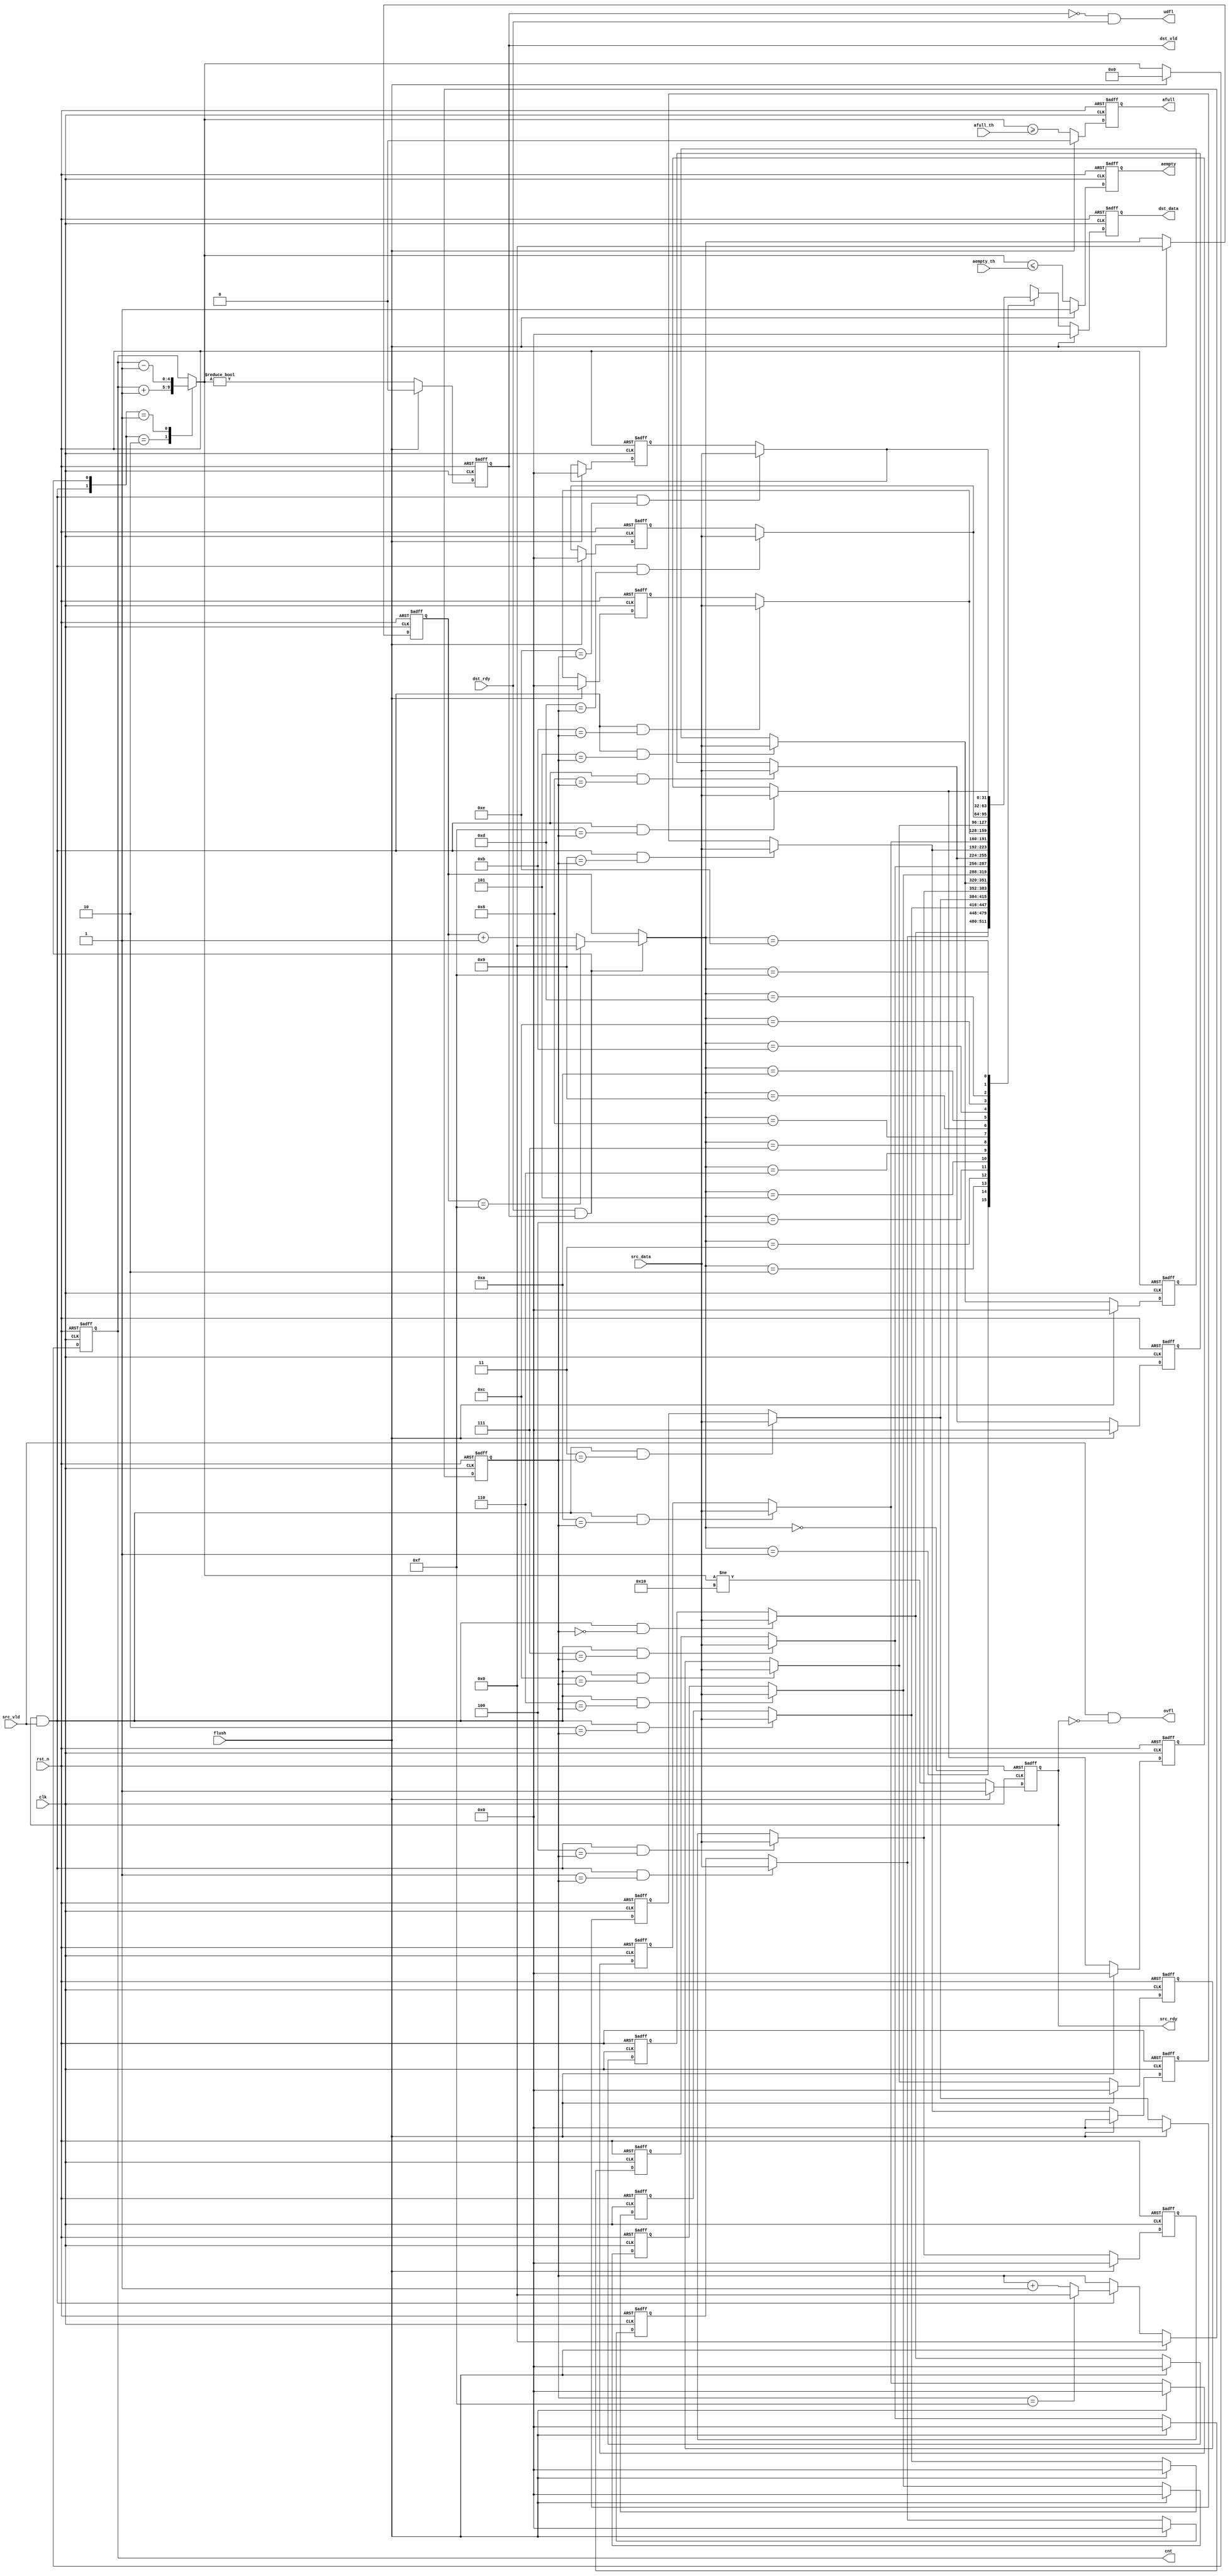
// =============================================================================
// (c) Copyright 2022-2032 fastchip, Inc. All rights reserved.
// Module Name  : cm_fifo.v
// Design Name  : shilin.tao@fastchip.tech
// Project Name : FIFO
// Description  :
//
// =============================================================================

`ifndef CM_FIFO__V
`define CM_FIFO__V

module CM_FIFO
   #(
    parameter FIFO_DEPTH               = 16,
    parameter DATA_WIDTH               = 32,
    parameter REG_OUT                  = 1,
    parameter NO_RST                   = 0,
    parameter ADDR_WIDTH               = (FIFO_DEPTH > 1) ? ceilLog2(FIFO_DEPTH) : 1'b1, // auto obtained
    parameter CNT_WIDTH                = ceilLog2(FIFO_DEPTH + 1'b1)                     // auto obtained
    )
    (
    input                                        clk,
    input                                        rst_n,
    input                                        flush,
    input                                        src_vld,
    input  [DATA_WIDTH-1:0]                      src_data,
    input  [CNT_WIDTH-1:0]                       afull_th,
    input                                        dst_rdy,
    input  [CNT_WIDTH-1:0]                       aempty_th,
    output reg                                   src_rdy,
    output reg                                   afull,
    output                                       ovfl,
    output reg                                   dst_vld,
    output reg [DATA_WIDTH-1:0]                  dst_data,
    output reg                                   aempty,
    output                                       udfl,
    output reg [CNT_WIDTH-1:0]                   cnt
    );

// -----------------------------------------------------------------------------
// Constant Parameter
// -----------------------------------------------------------------------------
localparam  [ADDR_WIDTH-1:0]   FIFO_DEPTH_MINUS_ONE = FIFO_DEPTH[ADDR_WIDTH-1:0] - 1'b1;

// ceilLog2 function
function integer ceilLog2 (input integer n);
  begin:CEILOG2
    integer m;
    m                     = n - 1;
    for (ceilLog2 = 0; m > 0; ceilLog2 = ceilLog2 + 1)
      m                   = m >> 1;
  end
endfunction

// -----------------------------------------------------------------------------
// Internal Signals Declarations
// -----------------------------------------------------------------------------
wire                                             src_rdy_nxt;
wire                                             dst_vld_nxt;
wire                                             afull_nxt;
wire                                             aempty_nxt;
wire                                             valid_write;
wire                                             valid_read;
wire [DATA_WIDTH-1:0]                            dst_data_nxt;
reg  [CNT_WIDTH-1:0]                             cnt_nxt;
reg  [ADDR_WIDTH-1:0]                            wptr;
reg  [ADDR_WIDTH-1:0]                            wptr_nxt;
reg  [ADDR_WIDTH-1:0]                            rptr;
reg  [ADDR_WIDTH-1:0]                            rptr_nxt;
reg  [DATA_WIDTH-1:0]                            fifo_mem [FIFO_DEPTH-1:0]  ;
reg  [DATA_WIDTH-1:0]                            fifo_mem_nxt [FIFO_DEPTH-1:0]  ;

// -----------------------------------------------------------------------------
// Main Code
// -----------------------------------------------------------------------------
assign valid_write      = src_rdy & src_vld;
assign valid_read       = dst_rdy & dst_vld;

// write pointer control logic
always @(*)
begin:WPTR_NXT_PROC
  wptr_nxt              = wptr;
  if(valid_write == 1'b1)
  begin

    if (wptr == FIFO_DEPTH_MINUS_ONE)
      wptr_nxt          = {ADDR_WIDTH{1'b0}};
    else
      wptr_nxt          = wptr + 1'b1;
  end
end

// read pointer control logic
always @(*)
begin:RPTR_NXT_PROC
  rptr_nxt              = rptr;
  if (valid_read == 1'b1)
  begin
    if (rptr == FIFO_DEPTH_MINUS_ONE)
      rptr_nxt          = {ADDR_WIDTH{1'b0}};
    else
      rptr_nxt          = rptr + 1'b1;
  end
end

// count control logic
always @(*)
begin:CNT_NXT_PROC
  case({valid_write,valid_read})
    2'b10: cnt_nxt      = cnt + 1'b1;
    2'b01: cnt_nxt      = cnt - 1'b1;
    default: cnt_nxt    = cnt;
  endcase
end

// flag output
assign src_rdy_nxt      = (cnt_nxt != FIFO_DEPTH[CNT_WIDTH-1:0]);
assign dst_vld_nxt      = (cnt_nxt != {CNT_WIDTH{1'b0}});
assign afull_nxt        = (cnt_nxt >= afull_th);
assign aempty_nxt       = (cnt_nxt <= aempty_th);
assign ovfl             = src_vld & (~src_rdy);
assign udfl             = (~dst_vld) & dst_rdy;

// DFF for some Signals
always @(posedge clk or negedge rst_n)
begin:DFF_PROC
  if (rst_n == 1'b0)
  begin
    wptr                <= {ADDR_WIDTH{1'b0}};
    rptr                <= {ADDR_WIDTH{1'b0}};
    cnt                 <= {CNT_WIDTH{1'b0}};
    src_rdy             <= 1'b1;
    dst_vld             <= 1'b0;
    afull               <= 1'b0;
    aempty              <= 1'b1;
  end
  else if (flush == 1'b1)
  begin
    wptr                <= {ADDR_WIDTH{1'b0}};
    rptr                <= {ADDR_WIDTH{1'b0}};
    cnt                 <= {CNT_WIDTH{1'b0}};
    src_rdy             <= 1'b1;
    dst_vld             <= 1'b0;
    afull               <= 1'b0;
    aempty              <= 1'b1;
  end
  else
  begin
    wptr                <= wptr_nxt;
    rptr                <= rptr_nxt;
    src_rdy             <= src_rdy_nxt;
    dst_vld             <= dst_vld_nxt;
    cnt                 <= cnt_nxt;
    afull               <= afull_nxt;
    aempty              <= aempty_nxt;
  end
end

// FIFO_MEM
genvar addr;
generate
  for(addr = 0; addr < FIFO_DEPTH; addr = addr + 1)
  begin:FIFO_MEM_NXT_LOOP
    always @(*)
    begin:FIFO_MEM_NXT_PRO
      fifo_mem_nxt[addr] = fifo_mem[addr];
      if ((valid_write == 1'b1)&&(addr[ADDR_WIDTH-1:0] == wptr))
        fifo_mem_nxt[addr] = src_data;
    end
  end
endgenerate

// select whether to reset fifo_mem
generate
  if (NO_RST == 1'b0)
  begin:MEM_RESET_BRANCH
    for (addr = 0; addr < FIFO_DEPTH; addr = addr + 1)
    begin:MEM_RESET_LOOP
      always @(posedge clk or negedge rst_n)
      begin:MEM_RESET_PRO
        if (rst_n == 1'b0)
          fifo_mem[addr] <= {DATA_WIDTH{1'b0}};
        else if (flush == 1'b1)
          fifo_mem[addr] <= {DATA_WIDTH{1'b0}};
        else
          fifo_mem[addr] <= fifo_mem_nxt[addr];
      end
    end
  end
  else
  begin:MEM_NO_RESET_BRANCH
    for (addr = 0; addr < FIFO_DEPTH; addr = addr + 1)
    begin:MEM_NO_RESET_LOOP
      always @(posedge clk)
      begin:MEM_NO_RESET_PRO
        fifo_mem[addr] <= fifo_mem_nxt[addr];
      end
    end
  end
endgenerate

// select whether to register output
generate
  if (REG_OUT == 1'b1)
  begin:REG_OUT_BRANCH
    assign dst_data_nxt     = fifo_mem_nxt[rptr_nxt];
    always @(posedge clk or negedge rst_n)
    begin:REG_OUT_PRO
      if (rst_n == 1'b0)
        dst_data        <= {DATA_WIDTH{1'b0}};
      else if (flush == 1'b1)
        dst_data        <= {DATA_WIDTH{1'b0}};
      else
        dst_data        <= dst_data_nxt;
    end
  end
  else
  begin:NO_REG_OUT_BRANCH
    always @(*)
    begin:NO_REG_OUT_PRO
      dst_data = fifo_mem[rptr];
    end
  end
endgenerate

// -------------------------------------------------------------------
// Assertion Declarations
// -------------------------------------------------------------------
`ifdef SOC_ASSERT_ON

`endif
endmodule
`endif

//-----------------------------------------------------------------------//
// Modified Log
// 2023/01/10 initial version
// 2023/03/3 add input port flush
//-----------------------------------------------------------------------//